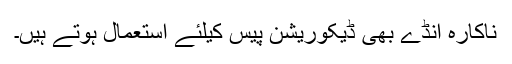
ناکارہ انڈے بھی ڈیکوریشن پیس کیلئے استعمال ہوتے ہیں۔